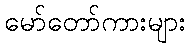
မော်တော်ကားများ